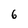
Character: 6